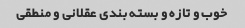
خوب و تازه و بسته بندی عقلانی و منطقی